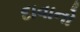
દાવાનો